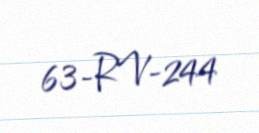
63-RV-244